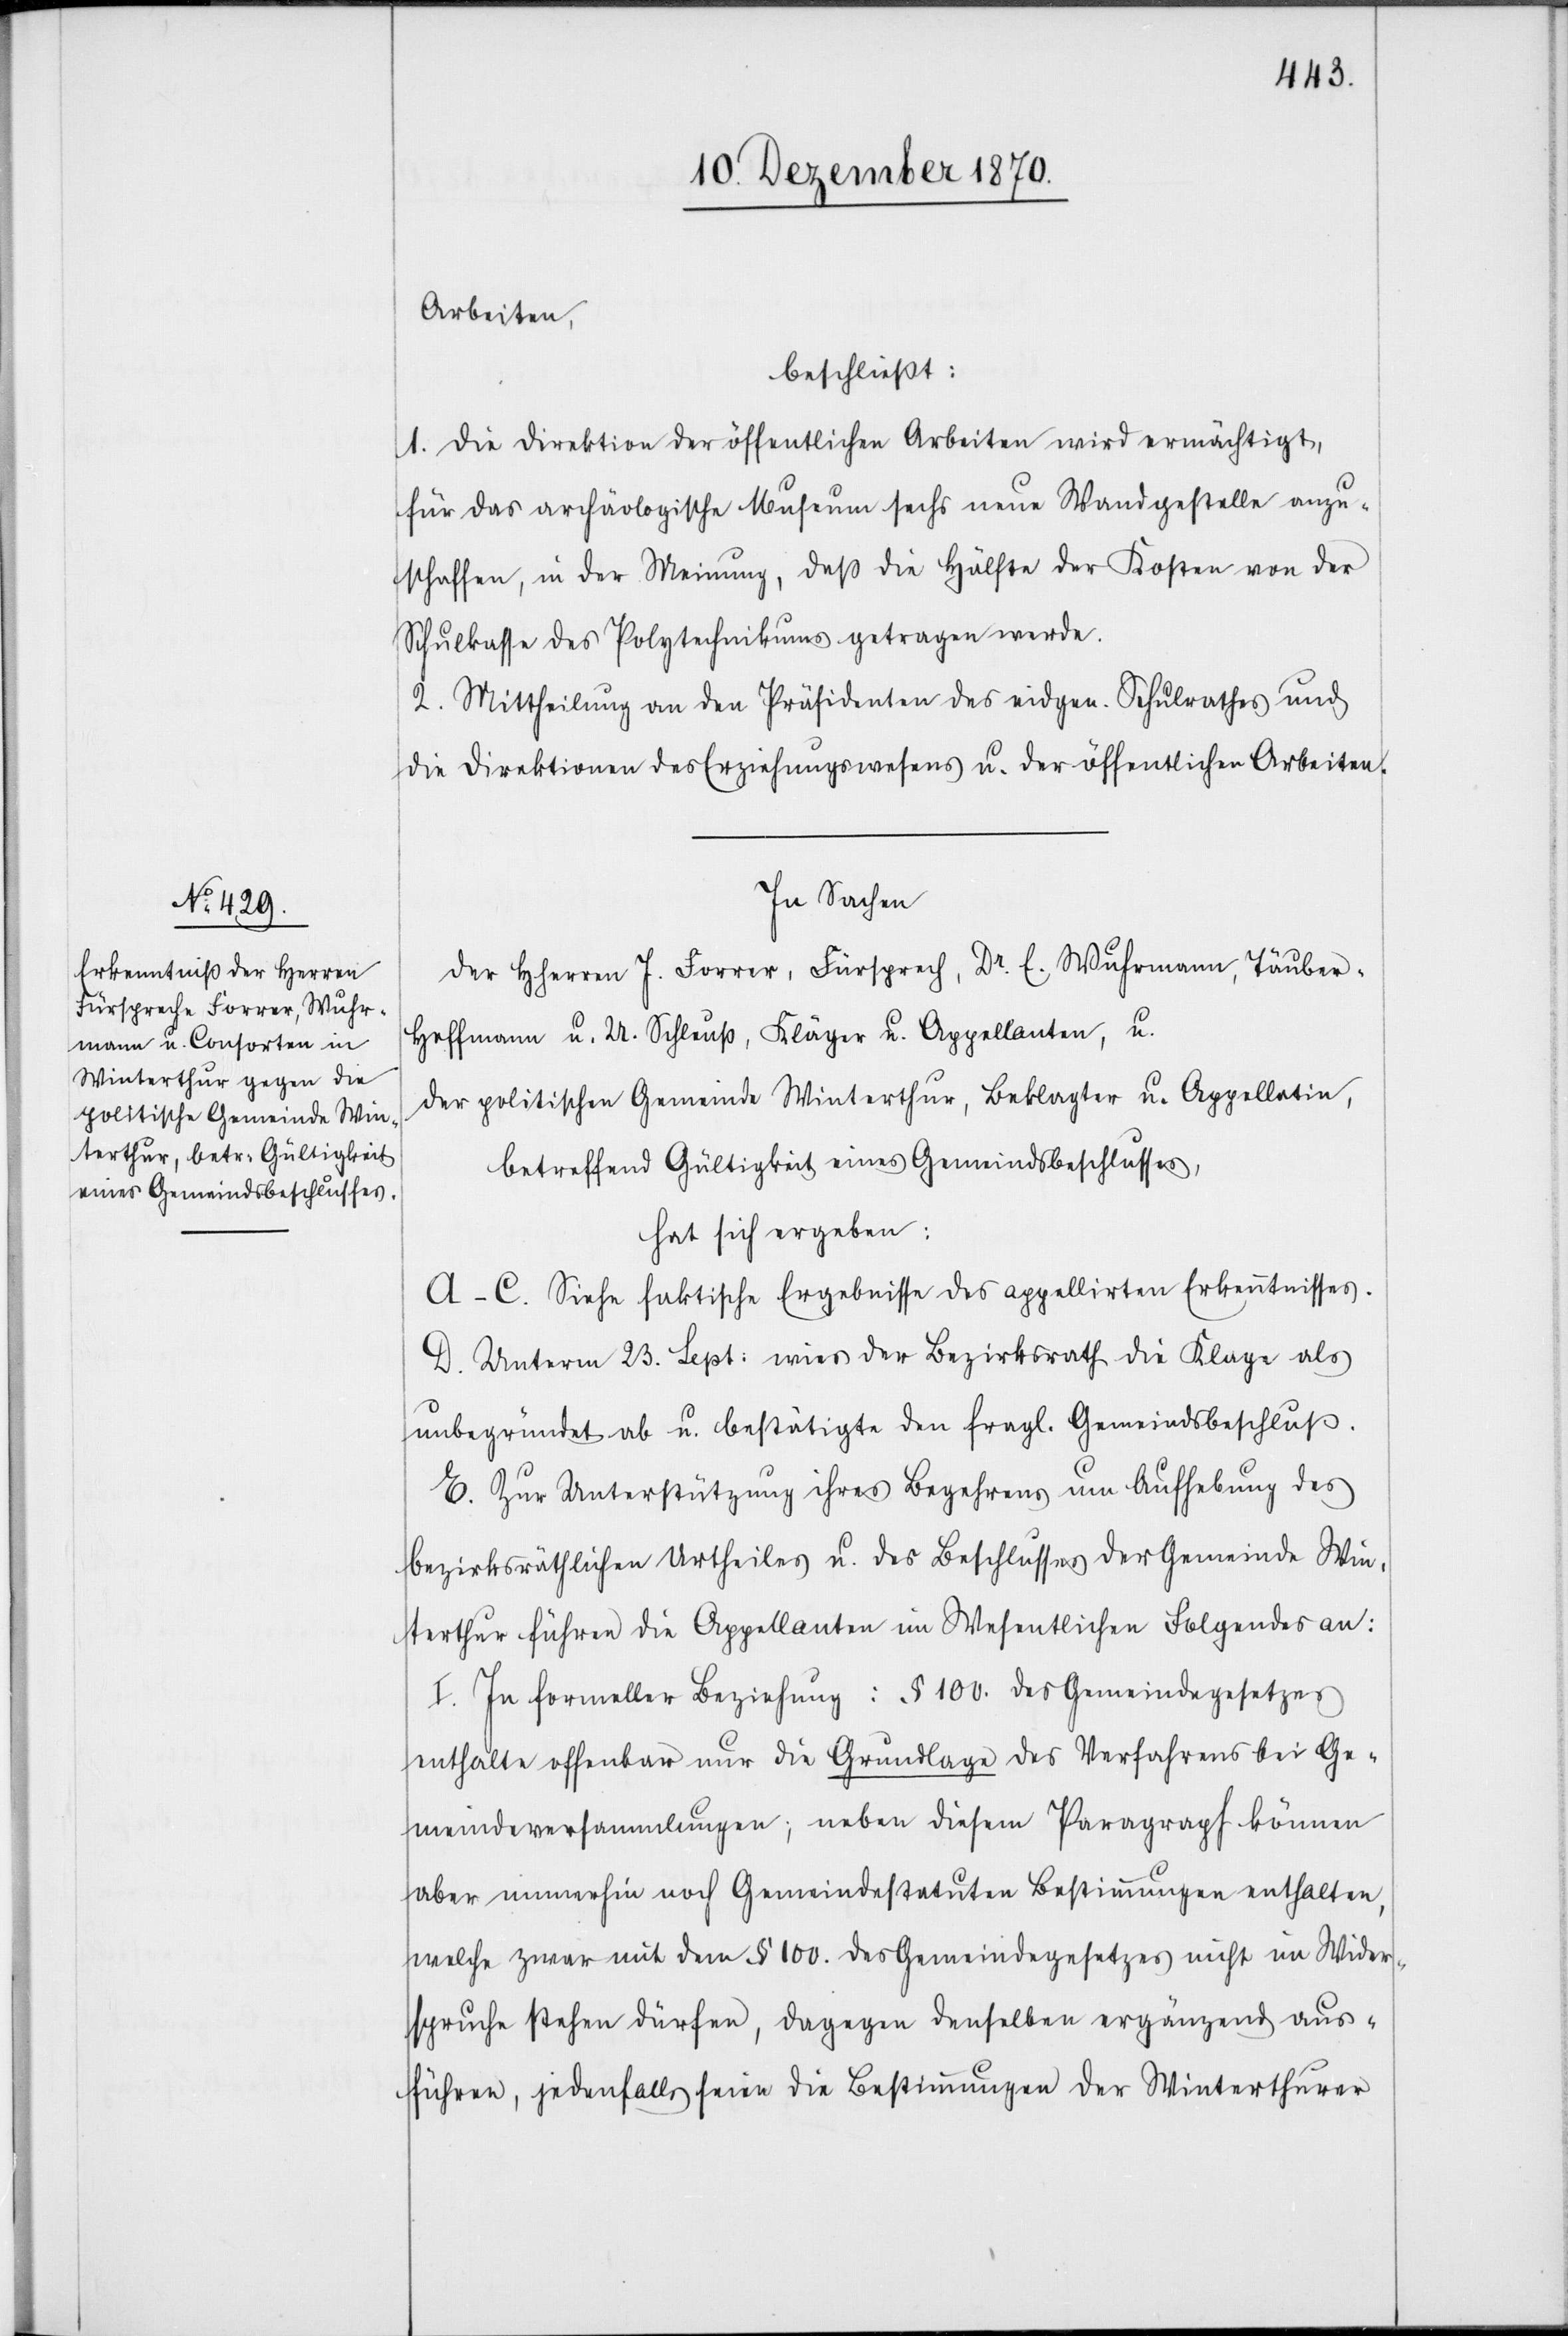
Arbeiten,
beschließt:
1. Die Direktion der öffentlichen Arbeiten wird ermächtigt,
für das archäologische Museum sechs neue Wandgestellte anzu¬
schaffen, in der Meinung, daß die Hälfte der Kosten von der
Schulkasse des Polytechnikums getragen werde.
2. Mittheilung an den Präsidenten des eidgen. Schulrathes und
die Direktion des Erziehungswesens u. der öffentlichen Arbeiten.
In Sachen
der HHerren J. Forrer, Fürsprech, Dr. E. Wuhrmann, Täube¬
r-Hoffmann u. U. Schleuß, Kläger u. Appellanten, u.
der politischen Gemeinde Winterthur, Beklagter u. Appellatin,
betreffend Gültigkeit eines Gemeindsbeschlusses,
hat sich ergeben:
A–C. Siehe faktische Ergebnisse des appellirten Erkenntnisses.
D. Unterm 23. Sept: wies der Bezirksrath die Klage als
unbegründet ab u. bestätigte den fragl. Gemeindsbeschluß.
E. Zur Unterstützung ihres Begehrens um Aufhebung des
bezirksräthlichen Urtheiles u. des Beschlusses der Gemeinde Win¬
terthur führen die Appellanten im Wesentlichen Folgendes an:
I. In formeller Beziehung: § 100. des Gemeindegesetzes
enthalte offenbar nur die Grundlage des Verfahrens bei Ge¬
meindeversammlungen, neben diesem Paragraph können
aber immerhin noch Gemeindestatuten Bestimmungen enthalten,
welche zwar mit dem § 100. des Gemeindegesetzes nicht im Wider¬
spruche stehen dürfen, dagegen denselben ergänzend aus¬
führen, jedenfalls seien die Bestimmungen der Winterthurer